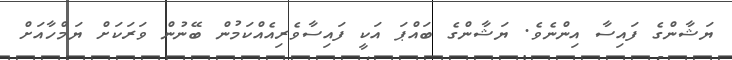
ޔަޝާންގެ ފައިސާ އިންނެވެ. ޔަޝާންގެ ބައްޕަ އަކީ ފައިސާވެރިއެއްކަމުން ބޭނުން ވަރަކަށް ޔަމްހާއަށް